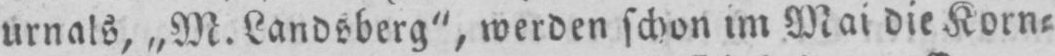
urnals, „M. Landsberg”, werden schon im Mai die Korn⸗